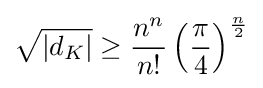
{\sqrt {|d_{K}|}}\geq {\frac {n^{n}}{n!}}\left({\frac {\pi }{4}}\right)^{\frac {n}{2}}